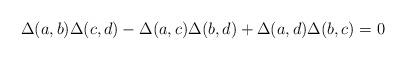
LaTeX: \begin{align*}\Delta(a,b) \Delta(c,d) - \Delta(a,c) \Delta(b,d) +\Delta(a,d) \Delta(b,c) = 0\end{align*}